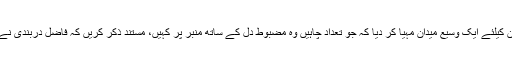
روضہ خوانوں اور ذاکرین کیلئے ایک وسیع میدان مہیا کر دیا کہ جو تعداد چاہیں وہ مضبوط دل کے ساتھ منبر پر کہیں، مستند ذکر کریں کہ فاضل دربندی نے اس طرح فرمایاہے.....۔